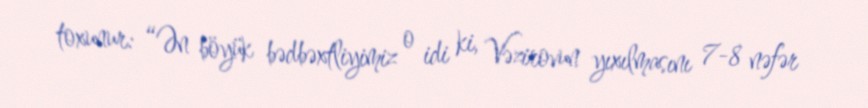
toxunur: “Ən böyük bədbəxtliyimiz o idi ki, Vəzirovun yıxılmasını 7-8 nəfər